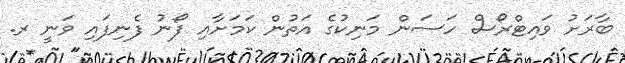
ބާރަށު ވައިޓްރޯސް ހަސަން މަނިކުގެ އަތުން ކަމަށާއި ފޯނު ފެނިފައި ވަނީ ރ.